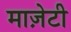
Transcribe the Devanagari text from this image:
माज़ेटी